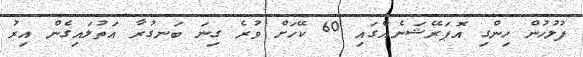
ފުލުހުން ހިންގި އޮޕަރޭޝަނެއްގައި 60 ކޭހަށް ވުރެ ގިނަ ބަނގުރާ އަތުލައިގެން އިރު